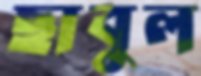
ছাবুল